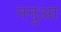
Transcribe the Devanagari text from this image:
ननुआ